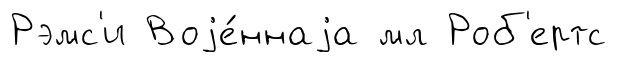
Рэмс'и Воjе́ннаjа мл Роб'ертс